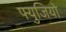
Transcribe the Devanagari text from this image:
फ्युजियो